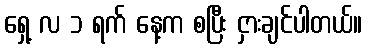
ရှေ့ လ ၁ ရက် နေ့က စပြီး ငှားချင်ပါတယ်။